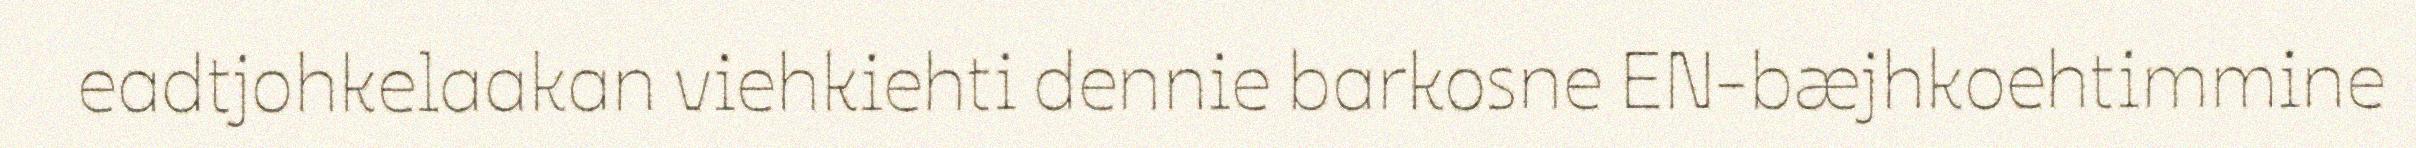
eadtjohkelaakan viehkiehti dennie barkosne EN-bæjhkoehtimmine